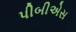
પીબીએસ